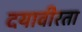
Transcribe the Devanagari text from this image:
दयावीरता